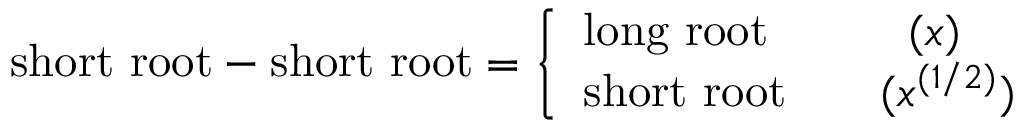
\mathrm { s h o r t ~ r o o t } - \mathrm { s h o r t ~ r o o t } = \left\{ \begin{array} { l } { { \mathrm { l o n g ~ r o o t } \qquad \quad ( x ) } } \\ { { \mathrm { s h o r t ~ r o o t } \qquad ( x ^ { ( 1 / 2 ) } ) } } \end{array} \right.